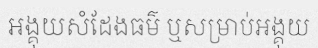
អង្គុយសំដែងធម៌ ឬសម្រាប់អង្គុយ